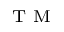
\textsuperscript { T M }